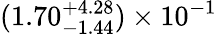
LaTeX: (1.70_{-1.44}^{+4.28})\times 10^{-1}